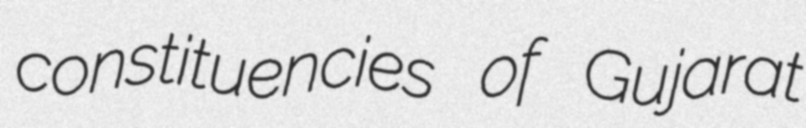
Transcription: constituencies of Gujarat